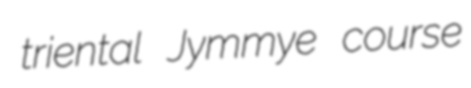
triental Jymmye course